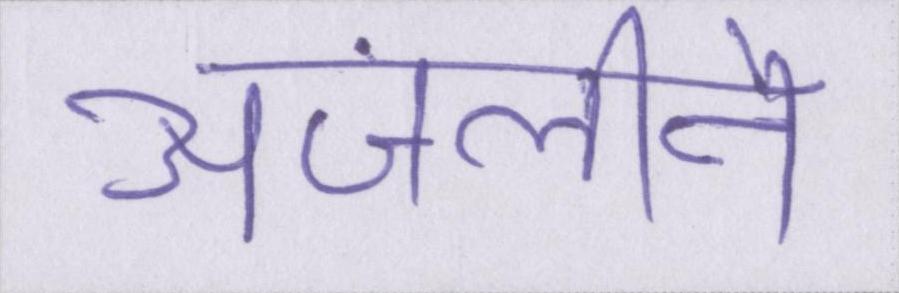
अंजलीने